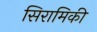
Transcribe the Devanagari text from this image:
सिरामिकी